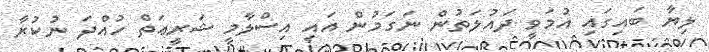
ލިޔާ ބައިގައި އުމަވީ ދައުލަތުން ނަގަމުން އައި އިސްލާމީ ޝަރީޢަތް ހުއްދަ ނުކުރާ